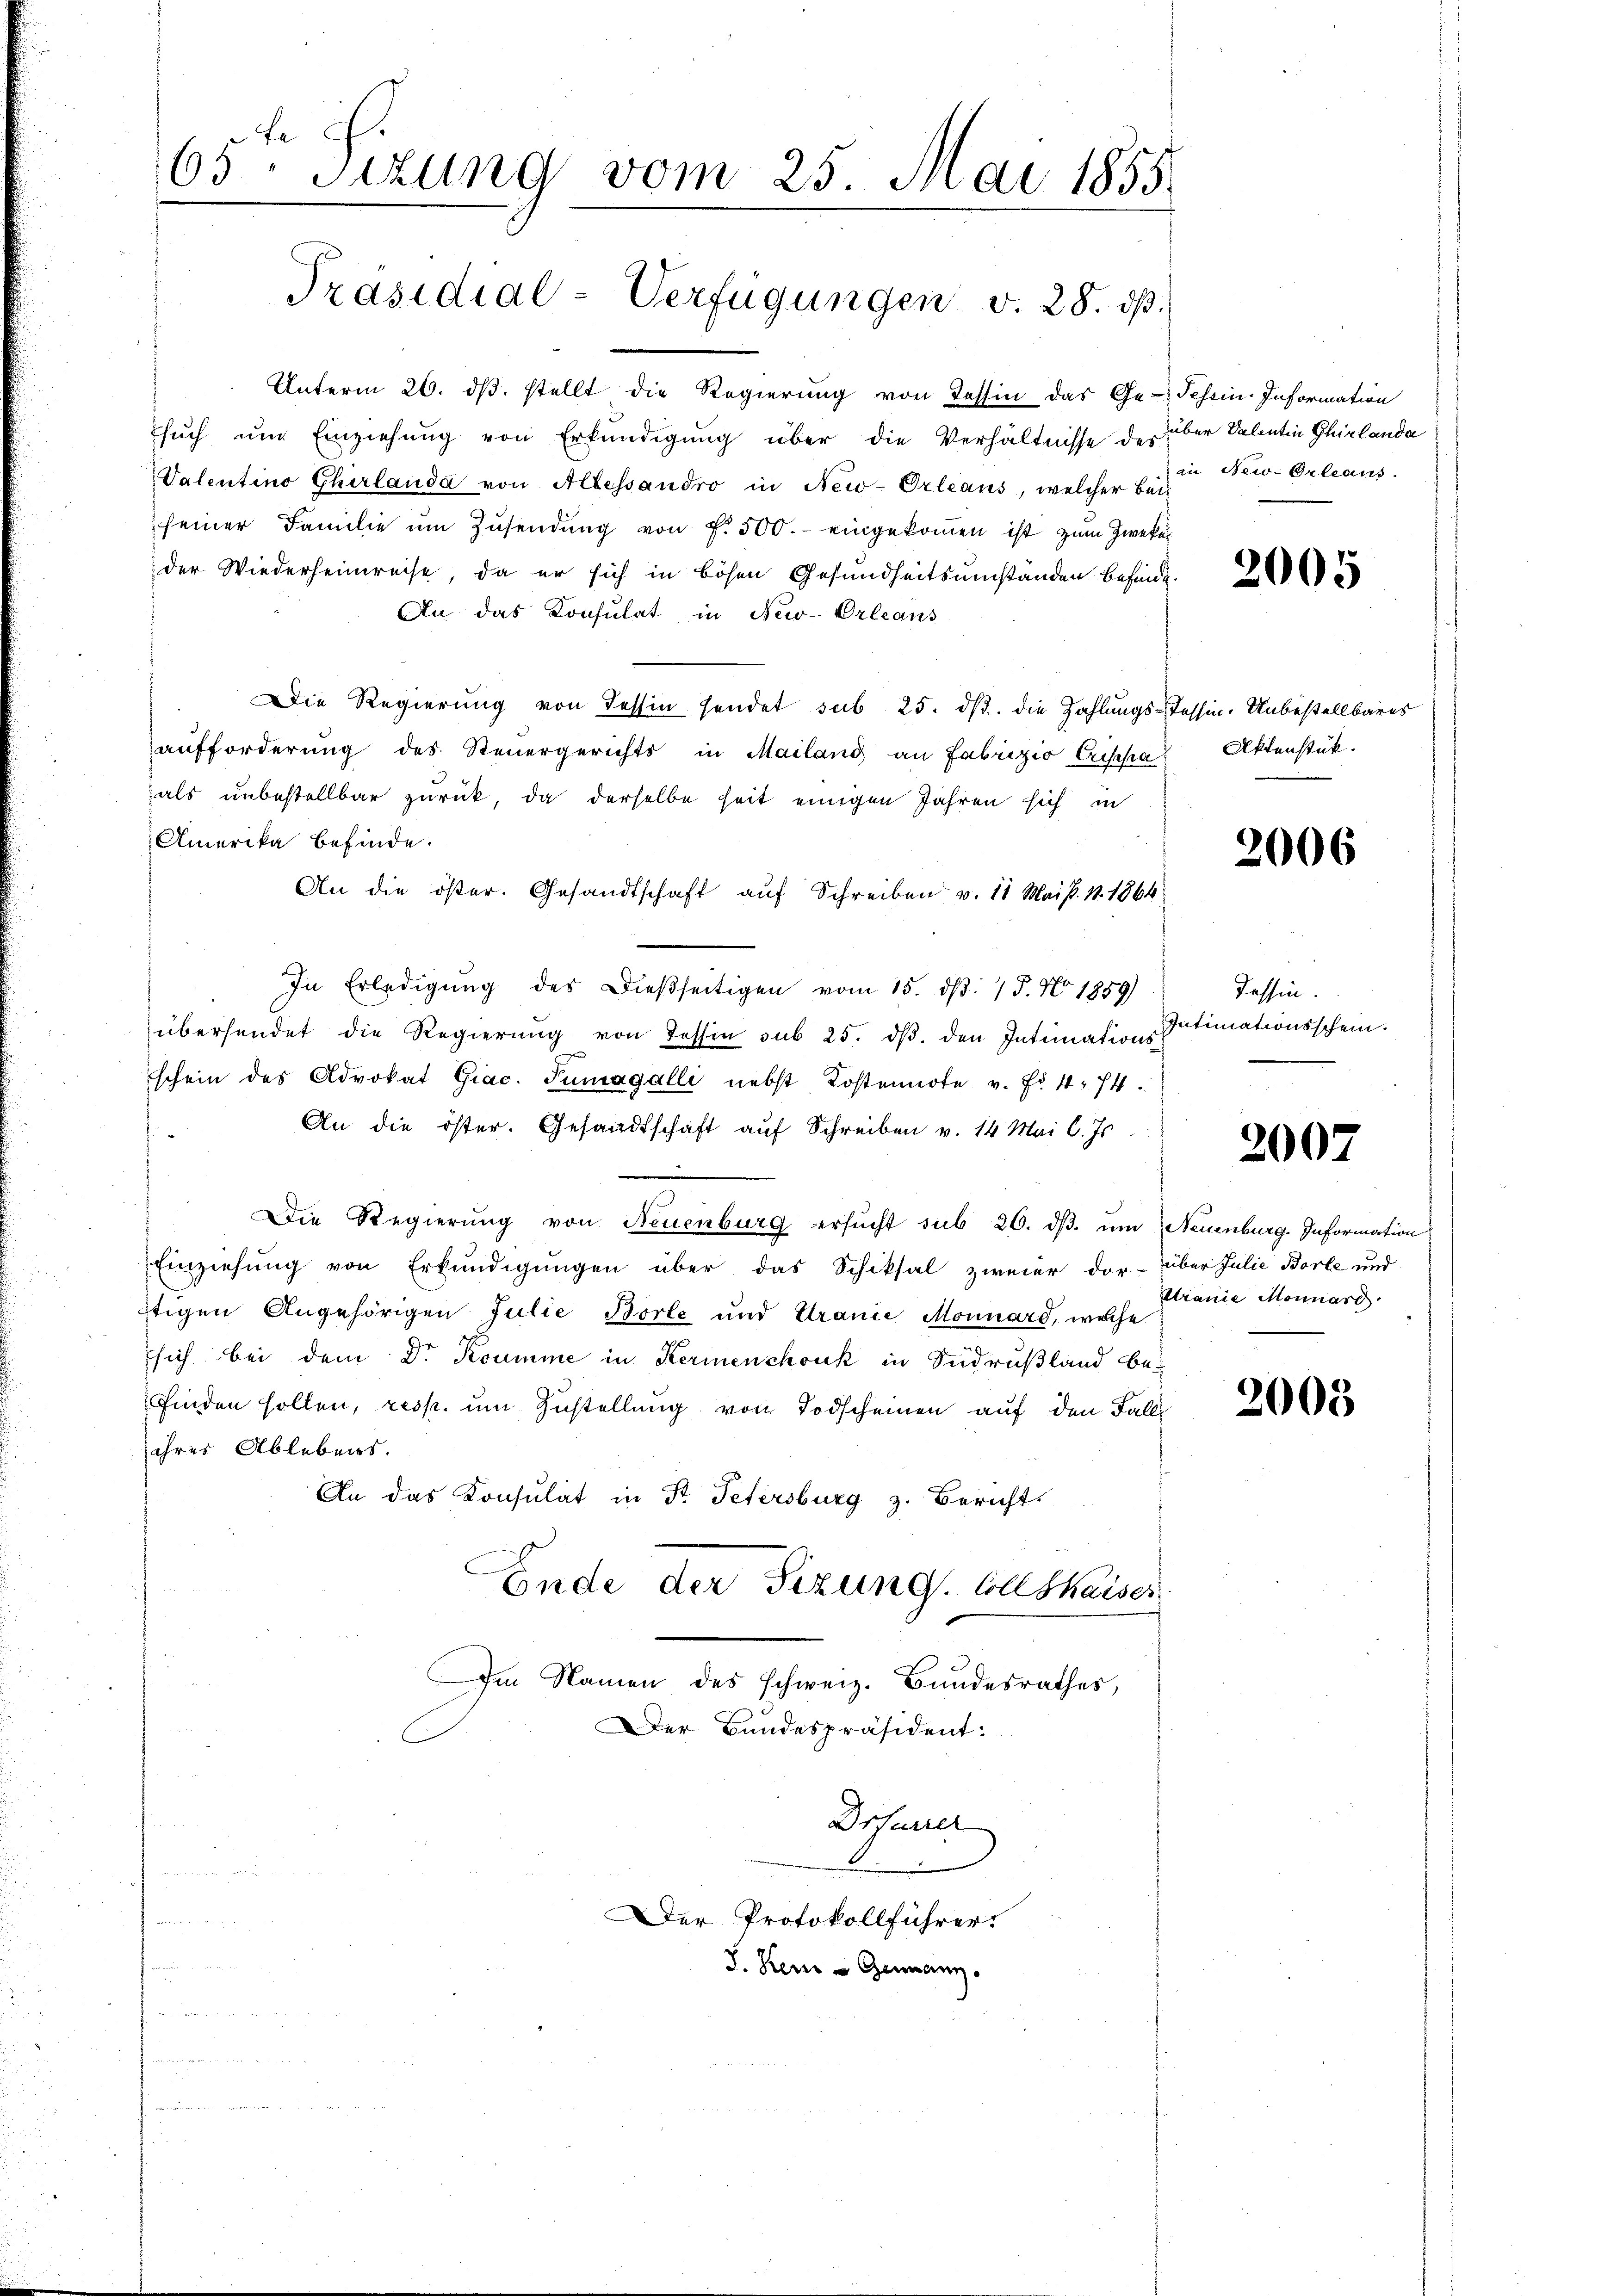
1
65. Sizung vom 25. Juni 1855.

Präsidial-Verfügungen v. 28. dβ.

Unterm 26. dβ. stellt die Regierŭng von Tessin das Ge-
sŭch ŭm Einziehŭng von Erkŭndigŭng über die Verhältnisse des
Valentino Ghirlanda von Allessandro in New-Orleans, welcher bei
seiner Familie ŭm Zŭsendŭng von f. 500.- eingekommen ist zum Zweker
der Wiederheimreise, da er sich in bösen Gesundheitsumständen befinde.
An das Konsulat in New-Orleans
Die Regierung von dessen sendet sub 25. dβ. die Zahlungs-Tessin. Unbestellbares
aufforderung des Steuergerichts in Mailand an Fabrizio Crisha
als unbestellbar zurück, da derselbe heit einigen Jahren sich in
Amerika befinde.
An die öster. Gesandtschaft aŭf Schreiben v. 11 Mais. 1. 1864
In Erledigŭng des Dieβseitigen vom 15. dβ. / 5. No 1859)
übersendet die Regierŭng von Tessin sub 25. dβ. den Intimations-
schein des Advokat Giac. Tumagalli nebst Kostennote v. fr. 4. 74.
An die öster. Gesandtschaft auf Schreiben v. 14 Mai l. Js.
Die Regierung von Neuenburg ersŭcht sub 26. dβ. um Neuenburg. Information
Einziehung von Erkundigungen über das Schiksal zweier dor- über Julie Borle und
tigen Angehörigen Julie Borle und Uranić Monnard, welche
sich bei dem Dr. Koumme in Kermenchouk in Sudrußland befinden sollen, resp. um Zustellung von Todscheinen auf den Falle
ihres Ablebens.
An das Konsulat in Fr. Petersburg z. Bericht
Ende der Sizung. Vollshaiser
Ien Namen des schweiz. Bundesrathes,

Der Bundespräsident:
Der Protokollführer.
S. Ren - Genanz

Drharrer

Tessin. Information
ber Valentin Chirlanda
in New-Orleans

2005

Aktenstük.

2006

Tessin.
Intimationsschein.

2007

Stranie Monnard

2003